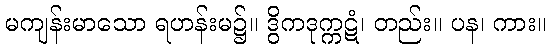
မကျန်းမာသော ရဟန်းမ၌။ ဒွိကဒုက္ကဋံ၊ တည်း။ ပန၊ ကား။